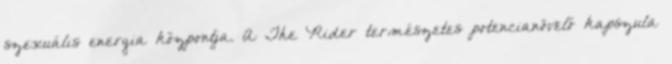
szexuális energia központja. A The Rider természetes potencianövelő kapszula